Indian journal of veterinary science and animal husbandry - Volumes 15-17, 1948-1951
Year: 1948
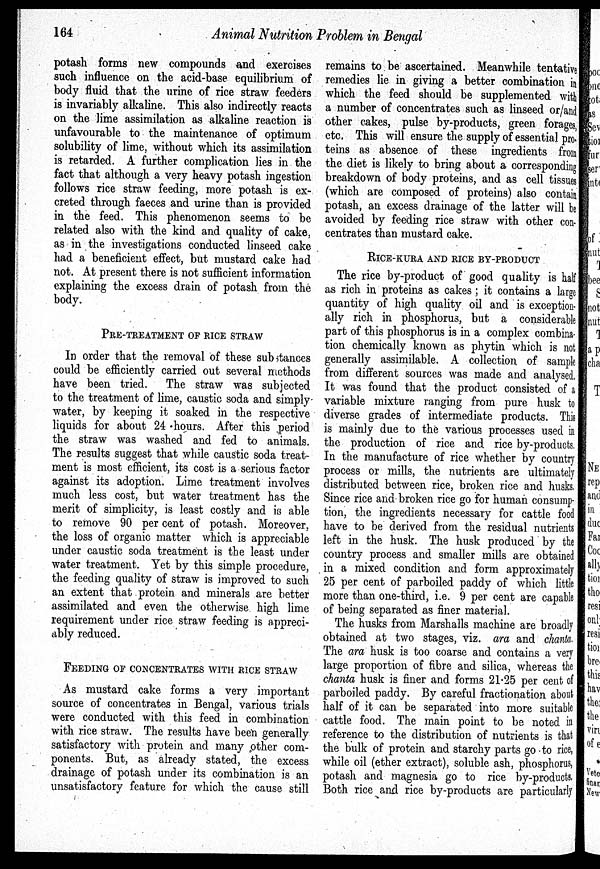
164
Animal Nutrition Problem in Bengal
potash forms new compounds and exercises
such influence on the acid-base equilibrium of
body fluid that the urine of rice straw feeders
is invariably alkaline. This also indirectly reacts
on the lime assimilation as alkaline reaction is
unfavourable to the maintenance of optimum
solubility of lime, without which its assimilation
is retarded. A further complication lies in the
fact that although a very heavy potash ingestion
follows rice straw feeding, more potash is ex-
creted through faeces and urine than is provided
in the feed. This phenomenon seems to be
related also with the kind and quality of cake,
as in the investigations conducted linseed cake
had a beneficient effect, but mustard cake had
not. At present there is not sufficient information
explaining the excess drain of potash from the
body.
PRE-TREATMENT OF RICE STRAW
In order that the removal of these substances
could be efficiently carried out several methods
have been tried. The straw was subjected
to the treatment of lime, caustic soda and simply
water, by keeping it soaked in the respective
liquids for about 24 hours. After this period
the straw was washed and fed to animals.
The results suggest that while caustic soda treat-
ment is most efficient, its cost is a serious factor
against its adoption. Lime treatment involves
much less cost, but water treatment has the
merit of simplicity, is least costly and is able
to remove 90 per cent of potash. Moreover,
the loss of organic matter which is appreciable
under caustic soda treatment is the least under
water treatment. Yet by this simple procedure,
the feeding quality of straw is improved to such
an extent that protein and minerals are better
assimilated and even the otherwise high lime
requirement under rice straw feeding is appreci-
ably reduced.
FEEDING OF CONCENTRATES WITH RICE STRAW
As mustard cake forms a very important
source of concentrates in Bengal, various trials
were conducted with this feed in combination
with rice straw. The results have been generally
satisfactory with protein and many other com-
ponents. But, as already stated, the excess
drainage of potash under its combination is an
unsatisfactory feature for which the cause still
remains to be ascertained. Meanwhile tentative
remedies lie in giving a better combination in
which the feed should be supplemented with
a number of concentrates such as linseed or/and
other cakes, pulse by-products, green forages,
etc. This will ensure the supply of essential pro¬
teins as absence of these ingredients from
the diet is likely to bring about a corresponding
breakdown of body proteins, and as cell tissues
(which are composed of proteins) also contain
potash, an excess drainage of the latter will be
avoided by feeding rice straw with other con-
centrates than mustard cake.
RICE-KURA AND RICE BY-PRODUCT
The rice by-product of good quality is half
as rich in proteins as cakes; it contains a large
quantity of high quality oil and is exception-
ally rich in phosphorus, but a considerable
part of this phosphorus is in a complex combina-
tion chemically known as phytin which is not
generally assimilable. A collection of sample
from different sources was made and analysed.
It was found that the product consisted of a
variable mixture ranging from pure husk to
diverse grades of intermediate products. This
is mainly due to the various processes used in
the production of rice and rice by-products.
In the manufacture of rice whether by country
process or mills, the nutrients are ultimately
distributed between rice, broken rice and husks.
Since rice and broken rice go for human consump-
tion, the ingredients necessary for cattle food
have to be derived from the residual nutrients
left in the husk. The husk produced by the
country process and smaller mills are obtained
in a mixed condition and form approximately
25 per cent of parboiled paddy of which little
more than one-third, i.e. 9 per cent are capable
of being separated as finer material.
The husks from Marshalls machine are broadly
obtained at two stages, viz. ara and chanta.
The ara husk is too coarse and contains a very
large proportion of fibre and silica, whereas the
chanta husk is finer and forms 21.25 per cent of
parboiled paddy. By careful fractionation about
half of it can be separated into more suitable
cattle food. The main point to be noted in
reference to the distribution of nutrients is that
the bulk of protein and starchy parts go to rice,
while oil (ether extract), soluble ash, phosphorus,
potash and magnesia go to rice by-products.
Both rice and rice by-products are particularly